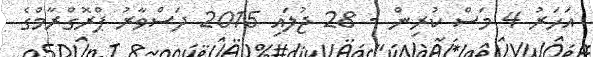
އަހަރު 4 މަސް ކުރިން - 28 ޖުލައި 2015 ދަސްވާރު ޕްރޮގްރާމްގެ